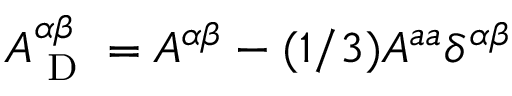
{ \cal { A } } _ { \textrm { D } } ^ { \alpha \beta } = { \cal { A } } ^ { \alpha \beta } - ( 1 / 3 ) { \cal { A } } ^ { a a } \delta ^ { \alpha \beta }